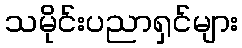
သမိုင်းပညာရှင်များ